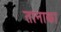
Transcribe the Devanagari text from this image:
तानाका